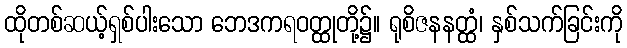
ထိုတစ်ဆယ့်ရှစ်ပါးသော ဘေဒကရဝတ္ထုတို့၌။ ရုစိဇနနတ္ထံ၊ နှစ်သက်ခြင်းကို